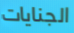
الجنايات